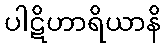
ပါဋိဟာရိယာနိ